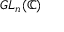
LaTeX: G L _ { n } ( \mathbb { C } )